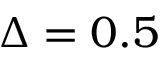
\Delta = 0 . 5